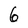
Character: 6